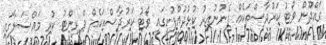
ގައްދޫން ވޯޓު ކަރުދާސްތަކެއް ފެނުނުއިރު ކުޅުދުއްފުށީގައި ވޯޓު ކަރުދާސްތަކެއް ޕްރިންޓު ކުރި މައްސަލާގައި